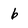
Character: b